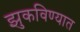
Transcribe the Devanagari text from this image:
झुकविण्यात